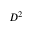
D ^ { 2 }